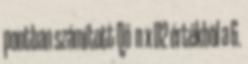
pontban számított Qö n x D2 értékbõl a 6.